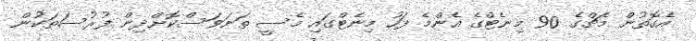
އެގޮތުން މެޗްގެ 90 މިނެޓްގެ އެންމެ ފަހު މިނެޓްގައި މެސީ ތަނަވަސްކޮށްދިން ފުރުސަތަކުން